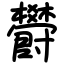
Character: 欎